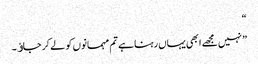
“
” نہیں مجھے ابھی یہاں رہنا ہے تم مہمانوں کو لے کر جاﺅ۔